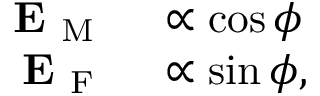
\begin{array} { r l } { \mathbf { E } _ { \mathrm { ~ M ~ } } } & { { } \propto \cos \phi } \\ { \mathbf { E } _ { \mathrm { ~ F ~ } } } & { { } \propto \sin \phi , } \end{array}